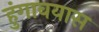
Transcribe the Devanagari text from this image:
हुंगावयास